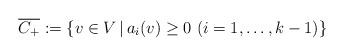
LaTeX: \begin{align*}\overline{C_{+}}:=\{v \in V \, | \, a_{i}(v)\ge 0 \,\, (i=1, \ldots , k-1)\} \end{align*}